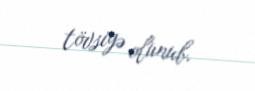
tövsiyə olunub.